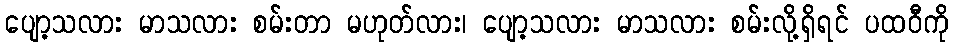
ပျော့သလား မာသလား စမ်းတာ မဟုတ်လား၊ ပျော့သလား မာသလား စမ်းလို့ရှိရင် ပထဝီကို